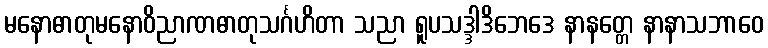
မနောဓာတုမနောဝိညာဏဓာတုသင်္ဂဟိတာ သညာ ရူပသဒ္ဒါဒိဘေဒေ နာနတ္တေ နာနာသဘာဝေ